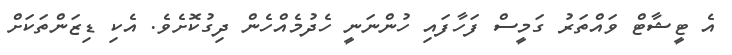
އެ ޓީޝާޓް ވައްތަރު ގަމީސް ފަހާފައި ހުންނަނީ ހެދުމެއްްހެން ދިގުކޮށެވެ. އެކި ޑިޒަންތަކަށް